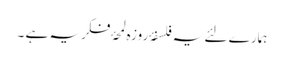
ہمارے لئے یہ فلسفۂ روزہ لمحۂ فکریہ ہے ۔